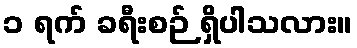
၁ ရက် ခရီးစဉ် ရှိပါသလား။